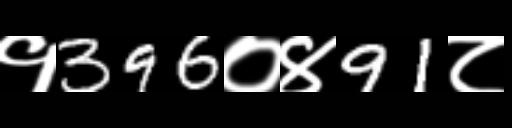
Text: १396०४91८